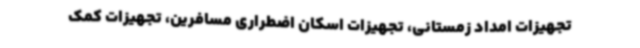
تجهیزات امداد زمستانی، تجهیزات اسکان اضطراری مسافرین، تجهیزات کمک